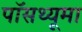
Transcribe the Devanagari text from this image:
पॉसथ्यूमा